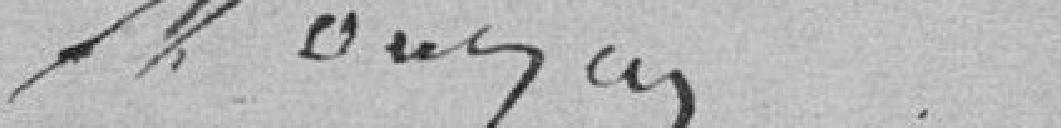
?????